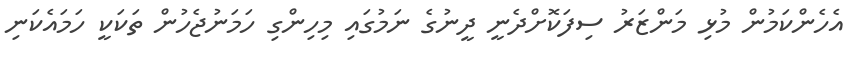
އެހެންކަމުން މުޅި މަންޒަރު ސިފަކޮށްދެނީ ދީނުގެ ނަމުގައި މިހިންގި ހަމަނުޖެހުން ތަކަކީ ހަމައެކަނި